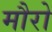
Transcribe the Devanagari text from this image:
मौरो